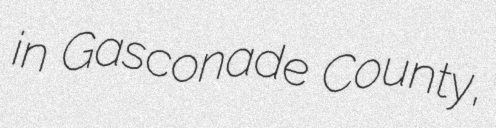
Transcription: in Gasconade County,